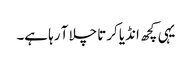
یہی کچھ انڈیا کرتا چلا آ رہا ہے۔